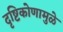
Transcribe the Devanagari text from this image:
दृष्टिकोणामुळे